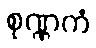
စုဏ္ဏကံ